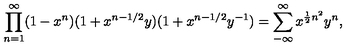
\prod _ { n = 1 } ^ { \infty } ( 1 - x ^ { n } ) ( 1 + x ^ { n - 1 / 2 } y ) ( 1 + x ^ { n - 1 / 2 } y ^ { - 1 } ) = \sum _ { - \infty } ^ { \infty } x ^ { \frac { 1 } { 2 } n ^ { 2 } } y ^ { n } ,